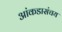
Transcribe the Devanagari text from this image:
आंकडासंचय